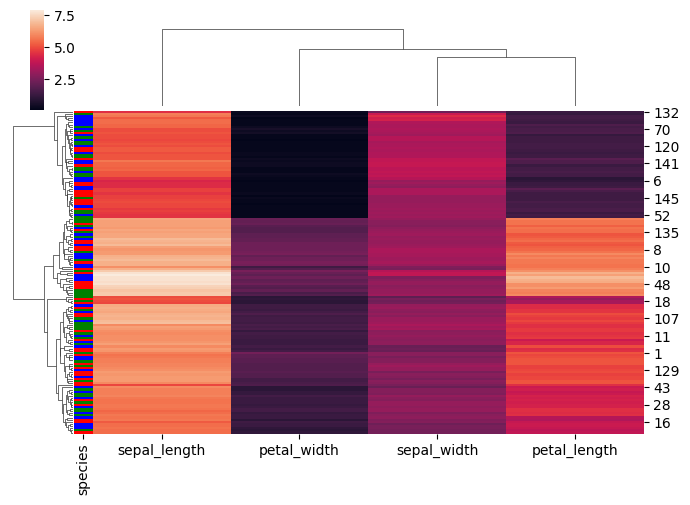
python, seaborn, clustermap, figsize=(7, 5), row_cluster=True, dendrogram_ratio=(0.1, 0.2), cbar_pos=(0.05, 0.8, 0.02, 0.2)